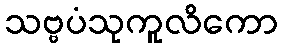
သဗ္ဗပံသုကူလိကော